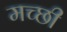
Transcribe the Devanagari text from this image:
मच्छी